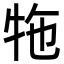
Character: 㸱